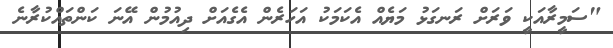
"ސަމީރާއަކީ ވަރަށް ރަނގަޅު މަޔެއް އެކަމަކު އަހަރެން އެގެއަށް ދިއުމުން އޭނަ ކަންތައްކުރާނެ